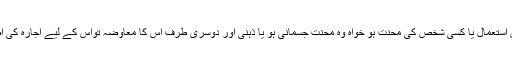
ایک طرف کسی چیز کا حق استعمال یا کسی شخص کی محنت ہو خواہ وہ محنت جسمانی ہو یا ذہنی اور دوسری طرف اس کا معاوضہ تواس کے لیے اِجَارَہ کی اصطلاح استعمال ہوتی ہے ۔